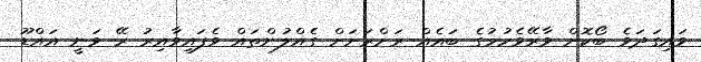
ވައިގަދަވެ ބޯކޮށް ވާރޭވެހުމުގެ ބައެއް ރަށްރަށަށް ގެއްލުންތައް ވެފައިވާއިރު ރޭ ވަނީ އައްޑޫ